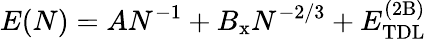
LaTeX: E(N)=AN^{-1}+B_{\mathrm{x}}N^{-2/3}+E_{\mathrm{TDL}}^{\mathrm{(2B)}}